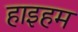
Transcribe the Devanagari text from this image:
हाइहम